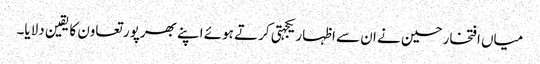
میاں افتخارحسین نے ان سے اظہار یکجہتی کرتے ہوئے اپنے بھرپور تعاون کا یقین دلایا۔